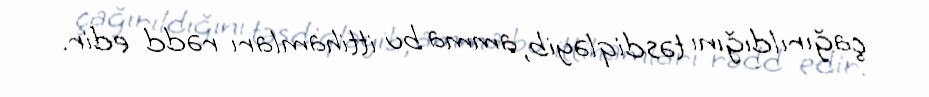
çağırıldığını təsdiqləyib, amma bu ittihamları rədd edir.